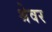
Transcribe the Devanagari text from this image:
श्रेवर